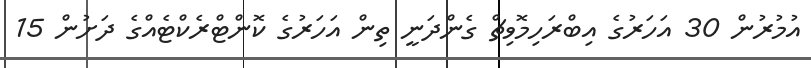
އުމުރުން 30 އަހަރުގެ އިބްރަހިމޮވިޗް ގެންދަނީ ތިން އަހަރުގެ ކޮންޓްރެކްޓެއްގެ ދަށުން 15